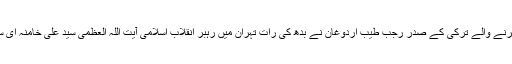
ایران کا دورہ کرنے والے ترکی کے صدر رجب طیب اردوغان نے بدھ کی رات تہران میں رہبر انقلاب اسلامی آیت اللہ العظمی سید علی خامنہ ای سے ملاقات کی۔